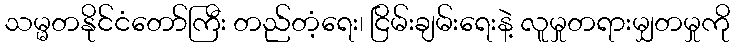
သမ္မတနိုင်ငံတော်ကြီး တည်တံ့ရေး၊ ငြိမ်းချမ်းရေးနဲ့ လူမှုတရားမျှတမှုကို